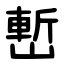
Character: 㟻